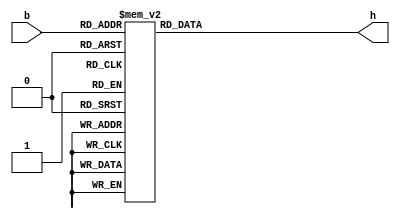
module bcd7seg(
	 input  [3:0] b,
	 output reg [6:0] h
	 );
   //add your code here
	always @(*) begin
      case(b)
	   4'd0:h=7'b1000000;
	   4'd1:h=7'b1111001;
	   4'd2:h=7'b0100100;
	   4'd3:h=7'b0110000;
	   4'd4:h=7'b0011001;
	   4'd5:h=7'b0010010;
	   4'd6:h=7'b0000010;
	   4'd7:h=7'b1111000;
		4'd8:h=7'b0000000;
		4'd9:h=7'b0010000;
	  4'd10:h=7'b0001000;
	  4'd11:h=7'b0000011;
	  4'd12:h=7'b1000110;
	  4'd13:h=7'b0100001;
	  4'd14:h=7'b0000110;
	  4'd15:h=7'b0001110;
       default:h=7'b1000000;
	   endcase
	
	end
endmodule